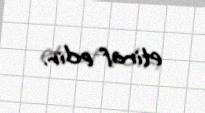
etiraf edir.